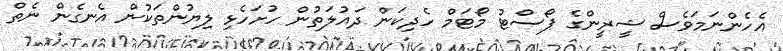
އެހެންނަމަވެސް ޝީރީންގެ ޕޯސްޓު މޯޓަމް ހެދިކަން ދައުލަތުން ހުށަހެޅި ލިޔުންތަކުން އެނގެން ނެތް